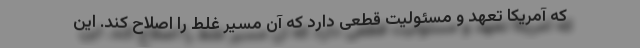
که آمریکا تعهد و مسئولیت قطعی دارد که آن مسیر غلط را اصلاح کند. این